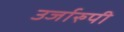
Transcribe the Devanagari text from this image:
उर्जारुपी